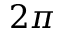
2 \pi